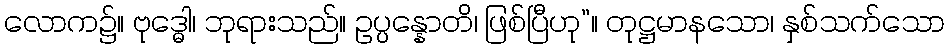
လောက၌။ ဗုဒ္ဓေါ၊ ဘုရားသည်။ ဥပ္ပန္နောတိ၊ ဖြစ်ပြီဟု”။ တုဋ္ဌမာနသော၊ နှစ်သက်သော